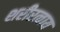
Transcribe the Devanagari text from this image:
शरीरत्वाय